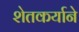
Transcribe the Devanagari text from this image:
शेतकर्याने